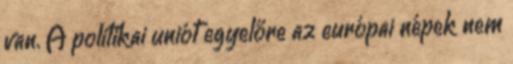
van. A politikai uniót egyelőre az európai népek nem